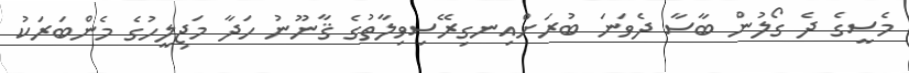
މެސީގެ ދެ ގޯލުން ބާސާ ދެވަނަ ބުރަށްއިނގިރޭސިވިލާތުގެ ޤާނޫނު ހަދާ މަޖިލީހުގެ މެންބަރަކު